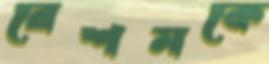
রেশমকে